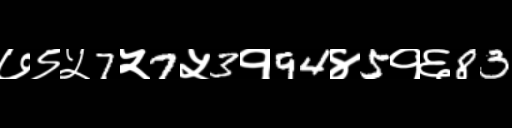
Text: ७९५7५7५3१94४5१६83